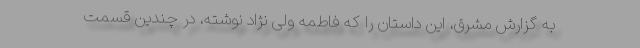
به گزارش مشرق، این داستان را که فاطمه ولی نژاد نوشته، در چندین قسمت